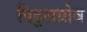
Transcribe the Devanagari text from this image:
पिट्टसग्रोव